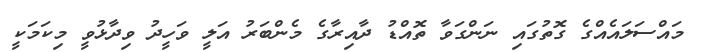
މައްސަލައެއްގެ ގޮތުގައި ނަންގަވާ ތޮއްޑު ދާއިރާގެ މެންބަރު އަލީ ވަހީދު ވިދާޅުވީ މިކަމަކީ